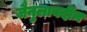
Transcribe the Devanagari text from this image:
जैनुलाबदीन